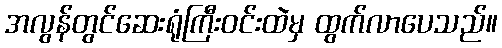
အလွန်တွင်ဆေးရုံကြီးဝင်းထဲမှ ထွက်လာပေသည်။